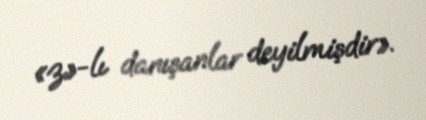
«z»-lı danışanlar deyilmişdir».